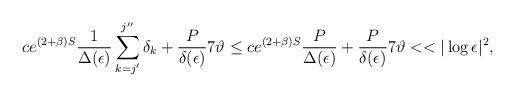
LaTeX: \begin{align*}ce^{(2+\beta)S}\frac{1}{\Delta(\epsilon)}\sum_{k=j'}^{j''}\delta_{k}+\frac{P}{\delta(\epsilon)}7\vartheta\leq ce^{(2+\beta)S}\frac{P}{\Delta(\epsilon)}+\frac{P}{\delta(\epsilon)}7\vartheta<<|\log\epsilon|^{2},\end{align*}